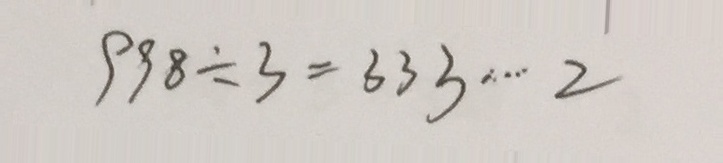
9 9 8 \div 3 = 3 3 3 \cdots 2